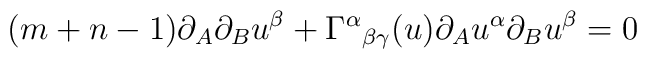
(m+n-1)\partial _A\partial _Bu^\beta +\Gamma ^\alpha {}_{\beta\gamma }(u)\partial _Au^\alpha \partial _Bu^\beta =0